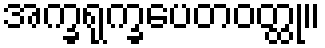
အက္ခရုက္ခပေတဝတ္ထု။